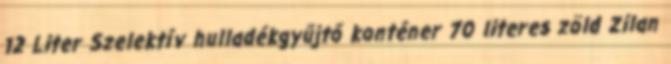
12 Liter Szelektív hulladékgyűjtő konténer 70 literes zöld Zilan